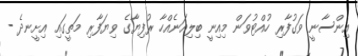
އިންސާނީ ވަގުފާރި ހުއްޓުވަން މިއިނީ ބިލިއަނެއްހާ ރުފިޔާގެ ވިޔަފާރި މަތީގައި އިށީނދެ -